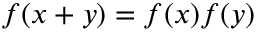
f ( x + y ) = f ( x ) f ( y )